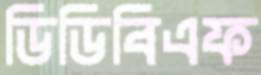
ডিডিবিএফ